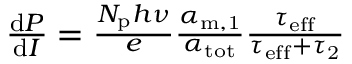
\begin{array} { r } { \frac { \mathrm { d } P } { \mathrm { d } I } = \frac { N _ { \mathrm { p } } h \nu } { e } \frac { \alpha _ { \mathrm { m , 1 } } } { \alpha _ { \mathrm { t o t } } } \frac { \tau _ { \mathrm { e f f } } } { \tau _ { \mathrm { e f f } } + \tau _ { \mathrm { 2 } } } } \end{array}